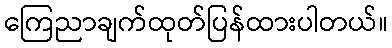
ကြေညာချက်ထုတ်ပြန်ထားပါတယ်။